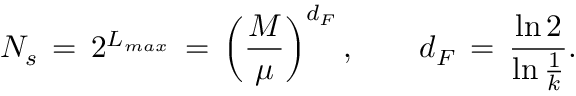
N _ { s } \, = \, 2 ^ { L _ { m a x } } \, = \, \left( \frac { M } { \mu } \right) ^ { d _ { F } } , \qquad d _ { F } \, = \, \frac { \ln 2 } { \ln \frac { 1 } { k } } .